Vaccination in the Punjab 1919-1929 - 1919-1929
Year: 1919
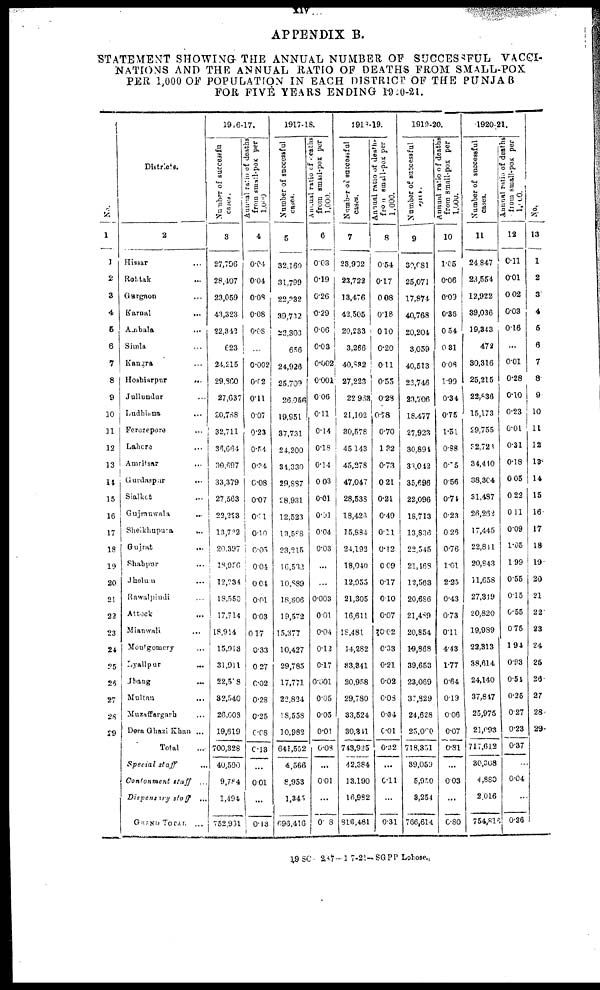
xiv
APPENDIX B.
STATEMENT SHOWING THE ANNUAL NUMBER OF SUCCESSFUL VACCI-
NATIONS AND THE ANNUAL RATIO OF DEATHS FROM SMALL-POX
PER 1,000 OF POPULATION IN EACH DISTRICT OF THE PUNJAB
FOR FIVE YEARS ENDING 1920-21.
No.
1
1
2
3
4
6
6
7
8
9
10
11
12
13
11
15
16
17
18
19
20
21
22
23
24
25
26
27
28
29
Districts.
2
Hissar ...
Rohtak ...
Gurgaon ...
Karnal ...
Ambala ...
Simla ...
Kangra ...
Hoshiarpur ...
Jallandur ...
Ludhiana ...
Ferozepore ...
Lahere
...
Amritsar ...
Gurdaspar
...
Sialket ...
Gujranwala
...
Sheikhupura
...
Gujrat ...
Shahpur ...
Jhelum ...
Rawalpindi ...
Attock ...
Mianwali ...
Montgomery ...
Dyallpur ...
Jhang
...
Multan
....
Muzaffargarh ...
Dera Ghazi Khan ...
Total ...
Special staff ...
Contonment
staff
...
Dispensary
staff
...
GRAND TOTAL ...
1916-17.
Number of successful
cases.
3
27,796
28,407
23,059
43,323
22,342
623
24,215
29,860
27,637
20,788
32,711
36,664
30,697
33,379
27,563
22,223
13,722
20,397
18,956
12,234
18,550
17,714
18,914
15,013
31,911
22,518
32,540
26,603
19,619
700,828
40,590
9,784
1,494
752,931
Annual ratio of deaths
from
small-pox
per
1,000
4
0.04
0.04
0.08
0.08
0.08
...
0.002
0.02
0.11
0.07
0.23
0.54
0.24
0.08
0.07
0.01
0.10
0.05
0.04
0.04
0.01
0.03
0.17
0.33
0.27
0.02
0.28
0.25
0.08
0.13
...
0.01
...
0.13
1917-18.
Number of successful
cases.
5
32,160
31,799
22,232
39,732
22,303
656
24,926
25,709
26,056
19,951
37,731
24,200
34,330
29,887
28.931
12,523
13,588
23,215
16,532
10,889
18,806
19,572
15,377
10,427
29,785
17,771
22,824
18,558
10,982
641,552
4,566
8,953
1,345
693,416
Annual
ratio of deaths
from small-pox per
1,000.
6
0.03
0.19
0.26
0.29
0.06
0.03
0.002
0.001
0.06
0.11
0.14
0.18
0.14
0.03
0.01
0.01
0.04
0.03
...
0.003
0.01
0.04
0.12
0.17
0.001
0.05
0.05
0.01
0.08
...
0.01
...
0.8
1918-19.
Number of successful
cases.
7
23,932
23,722
13,476
42,505
20,283
3,266
40,832
27,223
22,963
21,102
30,578
45,143
45,278
47,047
28,538
13,423
15,884
24,192
18,040
12,955
21,305
16,611
18,481
14,282
83,341
20,958
29,780
33,524
30,881
743,925
42,384
13,190
16,982
816,481
Annual ratio of deaths
from small-pox per
1,000.
8
0.54
0.17
0.08
0.18
0.10
0.20
0.11
0.55
0.28
0.78
0.70
1.32
0.73
0.21
0.21
0.49
0.11
0.12
0.09
0.17
0.10
0.07
10.02
0.33
0.21
0.02
0.08
0.04
0.01
0.32
...
0.11
...
0.31
1919-20.
Number of successful
cases.
9
32,081
25,071
17,874
40,768
20,204
3,059
40,513
23,746
23,706
18,477
27,923
30,894
33,042
35,696
22,096
18,713
13,836
22,545
21,168
12,563
20,686
21,489
20,854
19,868
39,653
23,069
37,829
24,628
25,060
718,351
39,059
5,950
3,254
766,614
Annual ratio of deaths
from small-pox per
1,000.
10
1.06
0.06
0.09
0.36
0 54
0.31
0.08
1.99
0.34
0.75
1.51
0.88
0.55
0.56
0.71
0.23
0.25
0.76
1.01
2.25
0.43
0.73
0.11
4.43
1.77
0.64
0.19
0.06
0.07
0.31
...
0.03
...
0.80
1920-21.
Number of successful
cases.
11
24,847
23,554
12,922
39,036
19,343
472
30,316
25,215
22,836
15,173
29,755
32,728
34,410
38,364
31,487
26,262
17,445
22,811
20,843
11,658
27,319
20,820
19,989
22,313
38,614
24,140
37,847
25,975
21,093
717,612
30,308
4,880
2,016
754,86
Annual ratio of deaths
from small-pox per
1,000.
12
0.11
0.01
0.02
0.03
0.16
...
0.01
0.28
0.01
0.23
0.01
0.31
0.18
0.05
0.23
0.11
0.09
1.05
1.99
0.55
0.15
0.55
0.75
1.94
0.93
0.54
0.25
0.27
0.23
0.37
...
0.04
...
0.36
No.
13
1
2
3
4
5
6
7
8
9
10
11
12
13
14
15
16
17
18
19
20
21
22
23
24
25
26
27
28
29
1980. 287- 1 7-21-SGPP Lohose.